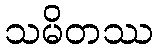
သမိတဿ